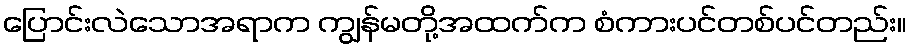
ပြောင်းလဲသောအရာက ကျွန်မတို့အထက်က စံကားပင်တစ်ပင်တည်း။